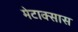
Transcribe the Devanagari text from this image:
मेटाक्सास